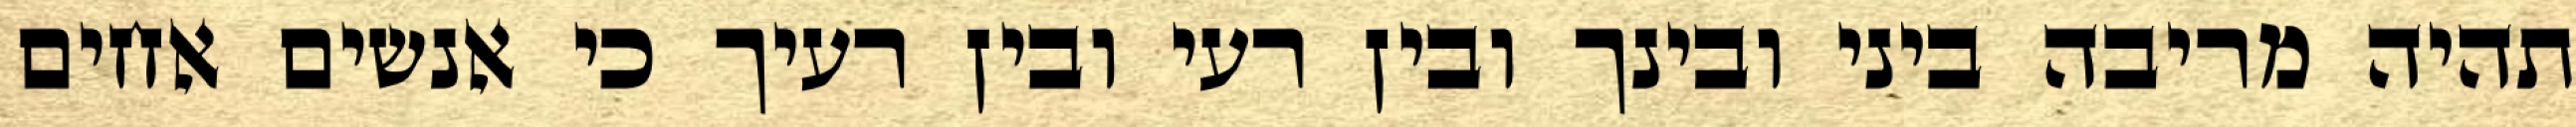
תהיה מריבה ביני ובינך ובין רעי ובין רעיך כי אנשים אחים